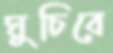
ঘুচিবে